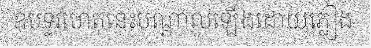
ឧបទ្ទវហេតុនេះបណ្តាលឡើងដោយភ្លៀង